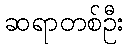
ဆရာတစ်ဦး